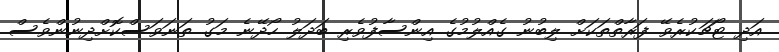
އަދި ޓޯޗަކުރެވޭ ފަރާތްތަކަށް ލިބުނު ގެއްލުމުގެ އިންސާފުވެރި ބަދަލު ހޯދޭނެ މަގު ތަނަވަސްކޮށްދިނުންވެސް